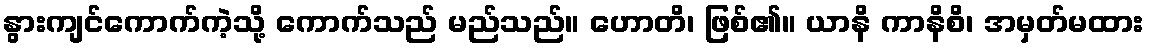
နွားကျင်ကောက်ကဲ့သို့ ကောက်သည် မည်သည်။ ဟောတိ၊ ဖြစ်၏။ ယာနိ ကာနိစိ၊ အမှတ်မထား